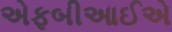
એફબીઆઈએ